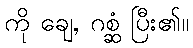
ကို ချေ, ဂစ္ဆံ ပြီး၏။